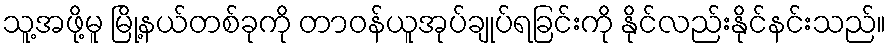
သူ့အဖို့မူ မြို့နယ်တစ်ခုကို တာဝန်ယူအုပ်ချုပ်ရခြင်းကို နိုင်လည်းနိုင်နင်းသည်။